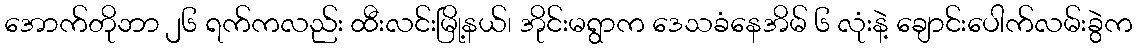
အောက်တိုဘာ ၂၆ ရက်ကလည်း ထီးလင်းမြို့နယ်၊ အိုင်းမရွာက ဒေသခံနေအိမ် ၆ လုံးနဲ့ ချောင်းပေါက်လမ်းခွဲက